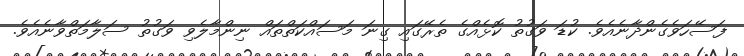
ފަސޭހަވެގެންދާނެއެވެ. ކުޑަ ވަގުތު ކޮޅެއްގެ ތެރޭގައި ގިނަ މަސައްކަތްތައް ނިންމާލެވި ވަގުތު ސަލާމަތްވާނެއެވެ.